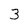
Character: 3